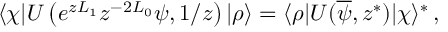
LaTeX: \langle \chi | U \left( e ^ { z L _ { 1 } } z ^ { - 2 L _ { 0 } } \psi , 1 / z \right) | \rho \rangle = \langle \rho | U ( \overline { { \psi } } , z ^ { \ast } ) | \chi \rangle ^ { \ast } \, ,